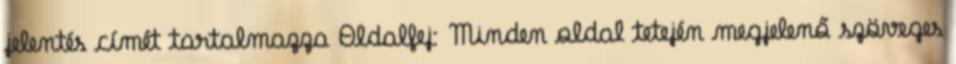
jelentés címét tartalmazza Oldalfej: Minden oldal tetején megjelenő szöveges